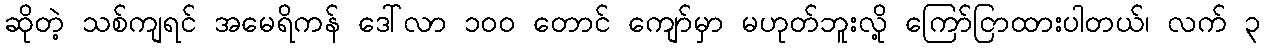
ဆိုတဲ့ သစ်ကျရင် အမေရိကန် ဒေါ်လာ ၁၀၀ တောင် ကျော်မှာ မဟုတ်ဘူးလို့ ကြော်ငြာထားပါတယ်၊ လက် ၃